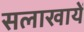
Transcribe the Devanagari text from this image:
सलाखायें